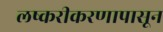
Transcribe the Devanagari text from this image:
लष्करीकरणापासून